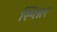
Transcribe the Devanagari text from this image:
स्पिन्नर